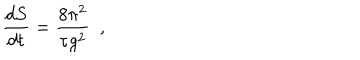
LaTeX: \frac { d S } { d t } = \frac { 8 \pi ^ { 2 } } { \tau g ^ { 2 } } ~ ~ ,